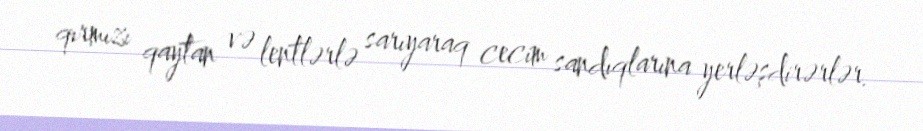
qırmızı qaytan və lentlərlə sarıyaraq cecim sandıqlarına yerləşdirərlər.